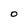
Character: O